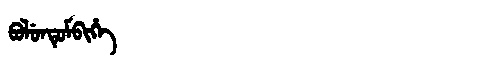
Manchu: ᠪᡠᠯᡠᠨᡨᡠᠮᠪᡳᡥᡝ
Romanization: BULUNTUMBIHE